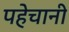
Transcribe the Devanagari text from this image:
पहेचानी